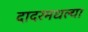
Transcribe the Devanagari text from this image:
दादरमधल्या